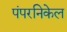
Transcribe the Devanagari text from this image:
पंपरनिकेल